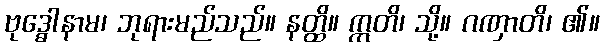
ဗုဒ္ဓေါနာမ၊ ဘုရားမည်သည်။ နတ္ထိ။ ဣတိ၊ သို့။ ဂဏှာတိ၊ ၏။